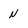
Character: N